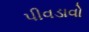
પીવડાવો